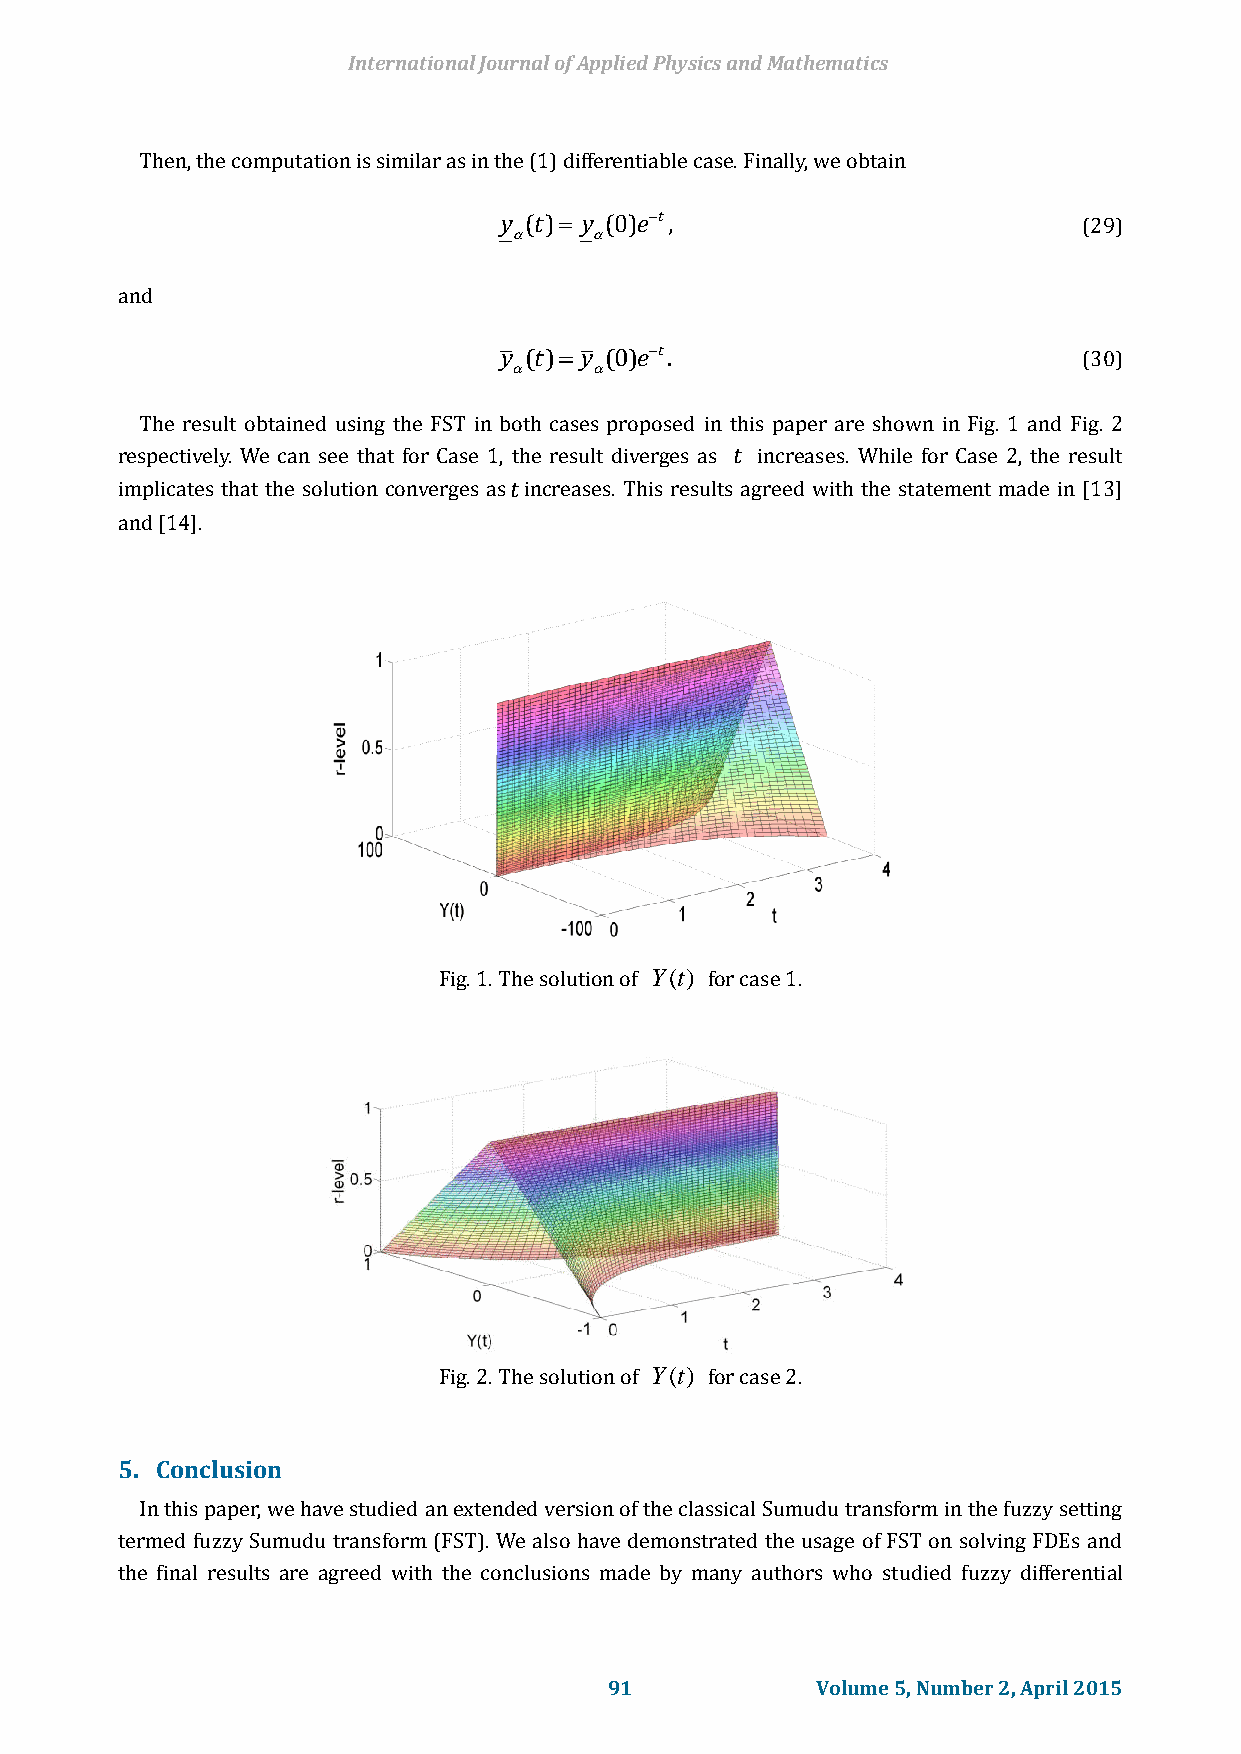
International Journal of Applied Physics and Mathematics
 Then, the computation is similar as in the (1) differentiable case. Finally, we obtain
 y (t) y (0)et,                       (29)
     
 and
 y (t) y (0)et.                       (30)
     
 The result obtained using the FST in both cases proposed in this paper are shown in Fig. 1 and Fig. 2
 respectively. We can see that for Case 1, the result diverges as t increases. While for Case 2, the result
 implicates that the solution converges astincreases. This results agreed with the statement made in [13]
 and [14].
 Fig. 1. The solution of Y(t) for case 1.
 Fig. 2. The solution of Y(t) for case 2.
 5. Conclusion
 In this paper, we have studied an extended version of the classical Sumudu transform in the fuzzy setting
 termed fuzzy Sumudu transform (FST). We also have demonstrated the usage of FST on solving FDEs and
 the final results are agreed with the conclusions made by many authors who studied fuzzy differential
 91            Volume 5, Number 2, April 2015